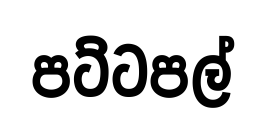
පට්ටපල්